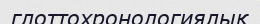
глоттохронологиялық